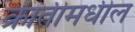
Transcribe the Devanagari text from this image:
क्रांतीमधील